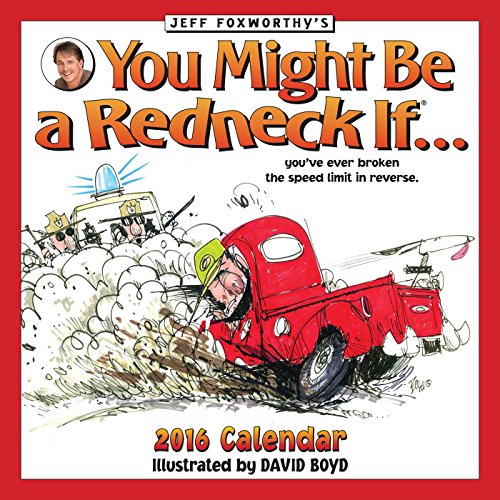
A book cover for Jeff Foxworthy's You Might Be A Redneck If... 2016 Wall Calendar; Jeff Foxworthy; Humor & Entertainment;